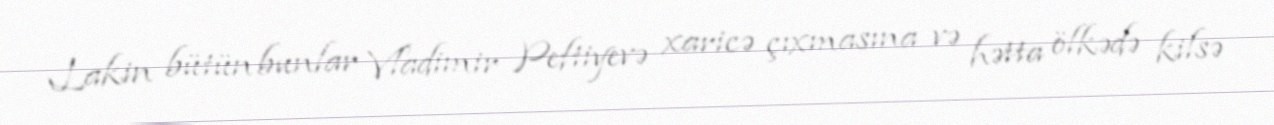
Lakin bütün bunlar Vladimir Peftiyevə xaricə çıxmasına və hətta ölkədə kilsə